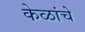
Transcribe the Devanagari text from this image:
केळांचे